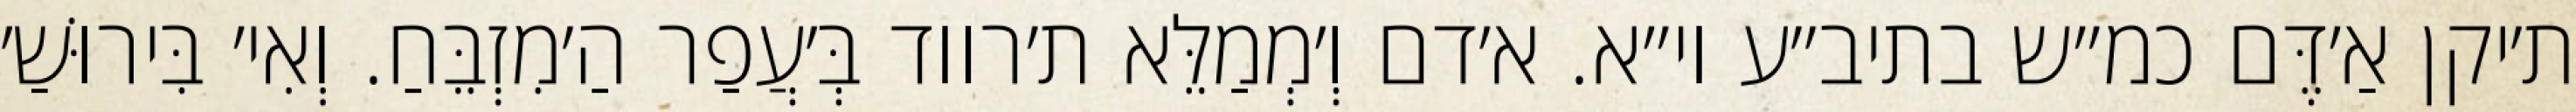
ת׳יקן אַ׳דֶּם כמ״ש בתיב״ע וי״א. א׳דם וְ׳מְמַלֵּא ת׳רווד בְּ׳עֲפַר הַ׳מִזְבֵּחַ. וְאִי׳ בִּירוּשַׁ׳